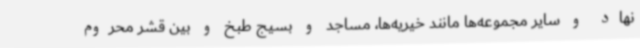
نهاد و سایر مجموعه‌ها مانند خیریه‌ها، مساجد و بسیج طبخ و بین قشر محروم